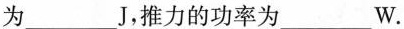
为______J，推力的功率为___W。